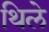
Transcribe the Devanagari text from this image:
थिले